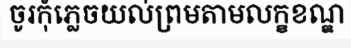
ចូរកុំភ្លេចយល់ព្រមតាមលក្ខខណ្ឌ